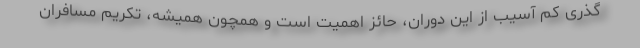
گذری کم آسیب از این دوران، حائز اهمیت است و همچون همیشه، تکریم مسافران